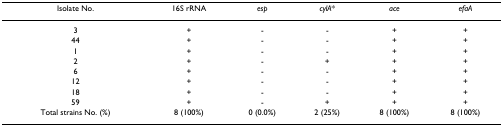
<table><thead><tr><td><b>Isolate No.</b></td><td><b>16S rRNA</b></td><td><b><i>esp</i></b></td><td><b><i>cylA</i>*</b></td><td><b><i>ace</i></b></td><td><b><i>efaA</i></b></td></tr></thead><tbody><tr><td>3</td><td>+</td><td>-</td><td>-</td><td>+</td><td>+</td></tr><tr><td>44</td><td>+</td><td>-</td><td>-</td><td>+</td><td>+</td></tr><tr><td>1</td><td>+</td><td>-</td><td>-</td><td>+</td><td>+</td></tr><tr><td>2</td><td>+</td><td>-</td><td>+</td><td>+</td><td>+</td></tr><tr><td>6</td><td>+</td><td>-</td><td>-</td><td>+</td><td>+</td></tr><tr><td>12</td><td>+</td><td>-</td><td>-</td><td>+</td><td>+</td></tr><tr><td>18</td><td>+</td><td>-</td><td>-</td><td>+</td><td>+</td></tr><tr><td>59</td><td>+</td><td>-</td><td>+</td><td>+</td><td>+</td></tr><tr><td>Total strains No. (%)</td><td>8 (100%)</td><td>0 (0.0%)</td><td>2 (25%)</td><td>8 (100%)</td><td>8 (100%)</td></tr></tbody></table>